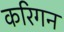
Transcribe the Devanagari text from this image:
करिगन